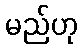
မည်ဟု